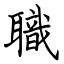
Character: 職